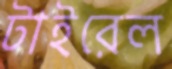
টাইরেল